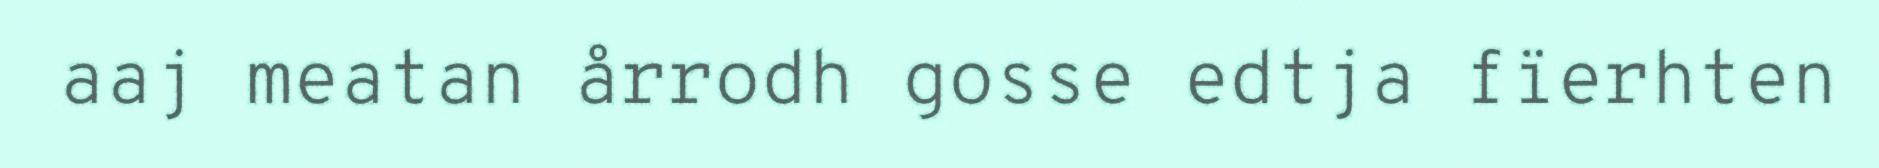
aaj meatan årrodh gosse edtja fïerhten